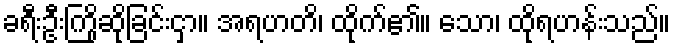
ခရီးဦးကြိုဆိုခြင်းငှာ။ အရဟတိ၊ ထိုက်၏။ သော၊ ထိုရဟန်းသည်။